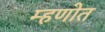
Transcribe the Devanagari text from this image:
म्हणोत